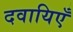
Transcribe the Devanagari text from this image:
दवायिएँ